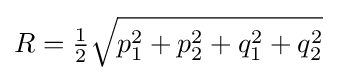
R={\tfrac {1}{2}}{\sqrt {p_{1}^{2}+p_{2}^{2}+q_{1}^{2}+q_{2}^{2}}}